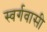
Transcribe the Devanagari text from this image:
स्‍वर्गवासी